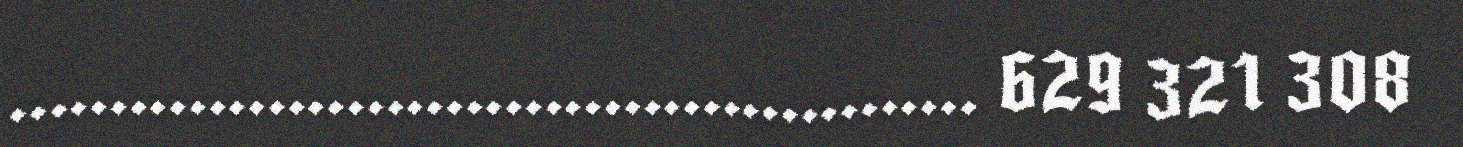
................................................. 629 321 308